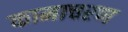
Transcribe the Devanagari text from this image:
कामाचरण